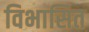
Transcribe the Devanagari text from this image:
विभासित